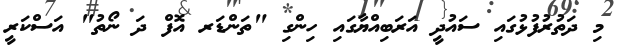
މި ދަތުރުފުޅުގައި ސައުދީ އަރަބިއްޔާގައި ހިންގި "ތަންޑަރ އޮފް ދަ ނޯތު" އަސްކަރީ